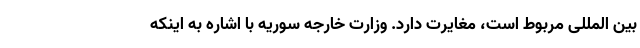
بین المللی مربوط است، مغایرت دارد. وزارت خارجه سوریه با اشاره به اینکه